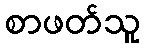
စာဖတ်သူ